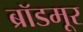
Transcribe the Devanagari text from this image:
ब्रॉडमूर